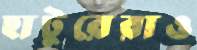
হাটুরেরাও